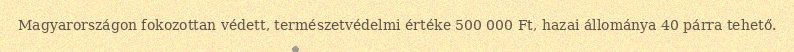
Magyarországon fokozottan védett, természetvédelmi értéke 500 000 Ft, hazai állománya 40 párra tehető.